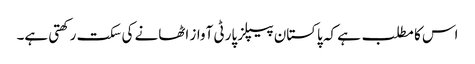
اس کا مطلب ہے کہ پاکستان پیپلز پارٹی آواز اٹھانے کی سکت رکھتی ہے۔